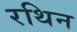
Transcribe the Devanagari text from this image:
रथिन